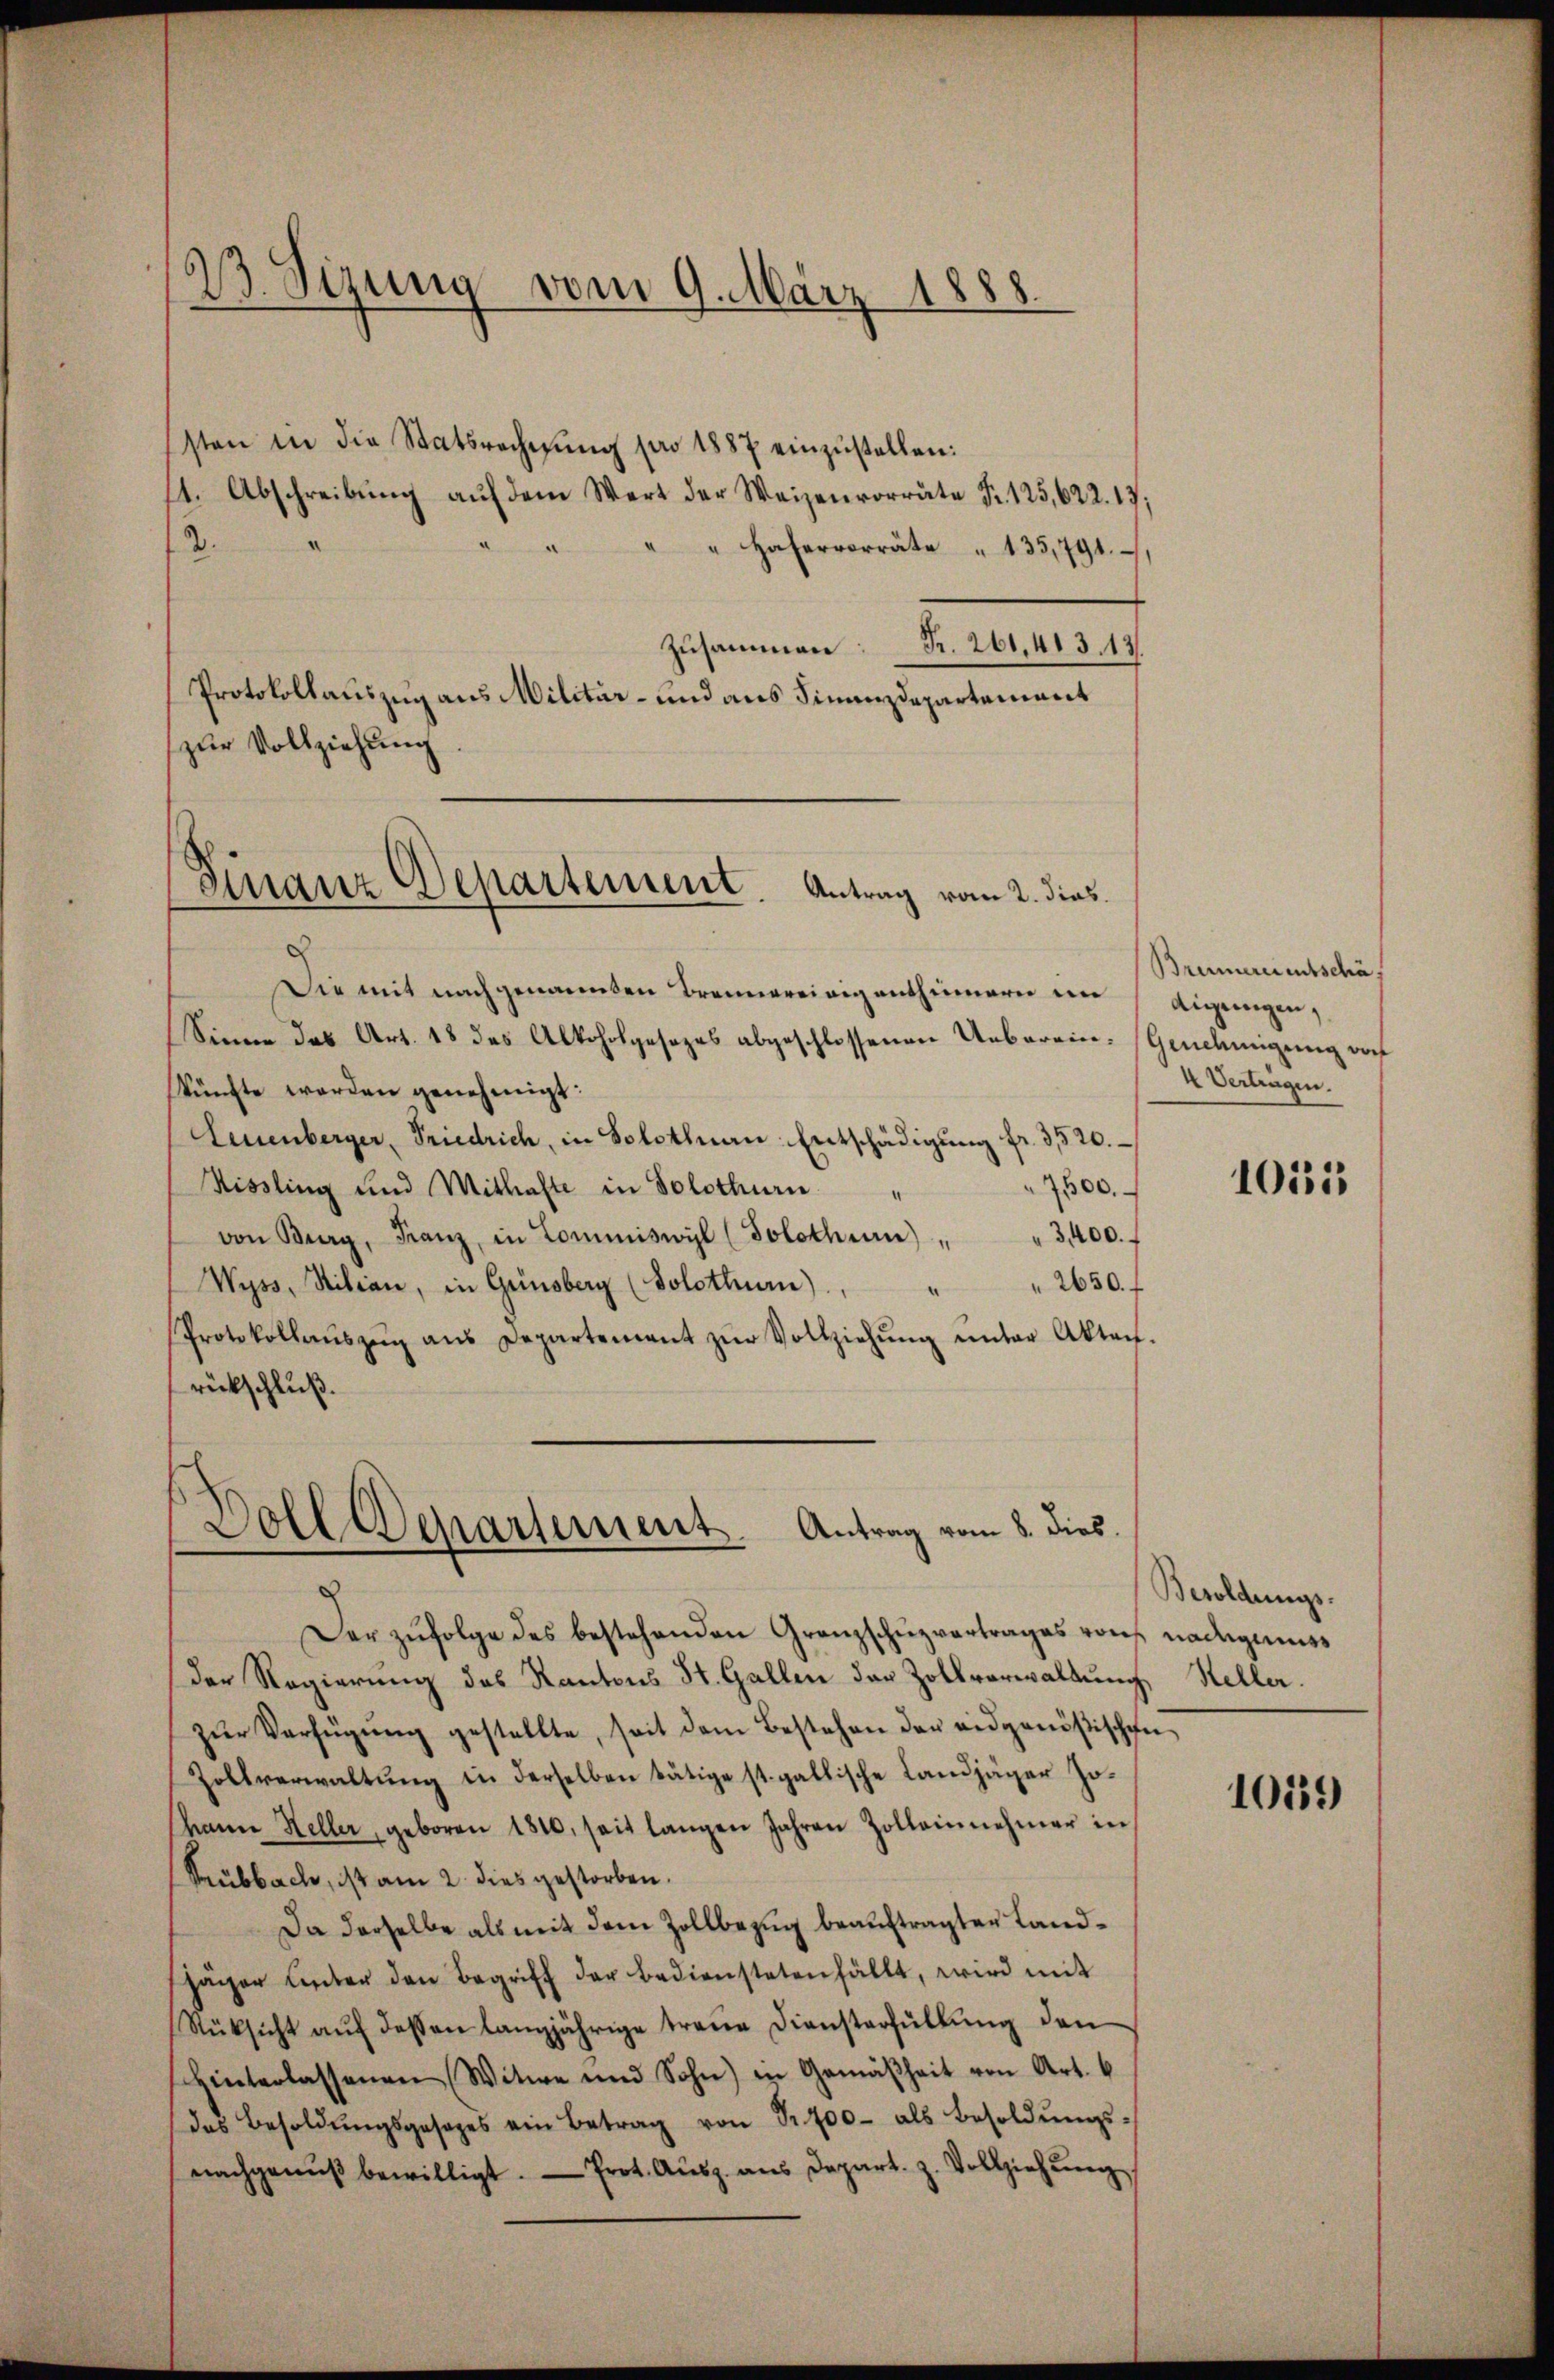
23. Sizung vom 9. März 1888.

sten in die Statsrechnŭng pro 1887 einzustellen:
11. Abschreibŭng aŭf dem Wert der Weisenvorräte Fr. 125,622.17;
" Hafervorräte " 135,791.
.
zusammen: Fr. 261,413. 13
Protokollauszug aus Militär- und aus Finnendepartement
zur Vollziehung
Die mit nach genannten Brennereinigenthinnern im
Sinne das Art. 18 des Alkoholgesezes abgeschlossenen Ueberein- Genehmigung dor
künfte werden genehmigt:
Leuenberger, Priedrich, in Solothurn Entschädigŭng fr. 3520.
1500.
Hissling und Mithafte in Solothurn
von Burg, Franz, in Commiswil (Solothurn) " " 3400.
2650. f
Wyss, Silian, in Grinsberg (Solothur)
.
Protokollaŭszŭg ans Departement zŭr Vollziehŭng ŭnter Akten.
rückschluß.

Finanz Departement. Antrag vom 2. dies

Doll Departement. Antrag vom 8. dies

Der zufolge des bestehenden Granzschuzvertrages von nachgemes
Der Regierung des Kantons St. Gallen der Zollverwaltung, Heller.
zŭr Verfügŭng gestellte, seit dem Bestehen der eidgenößischen
Zollverwaltung in derselben tätige st. gallische Landjäger Johann Heller, geboren 1810, seit langen Jahren Zolleinnehmer in
Subbach, ist am 2. dies gestorben.
Da derselbe als mit dem Zollbezug beauftragten Land¬
Jäger Unter den Begriff der Bedienstetenfällt, wird mit
Rüksicht aŭf dessen langjährige treue Diensterfüllŭng den
schinterlassenen Witwe und Sohn) in Gemäßheit von Art. 6
das Besoldŭngsgesages ein Betrag von Sr. 700 als Besoldŭngs-
nachgenŭβ bewilligt. Prot. Aŭsz. aus Depart. z. Vollziehung.

Bremercientschäf
digungen,
4 Vertragen.

Besoldungs-

1055

10159)